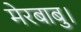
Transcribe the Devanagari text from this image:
मेरबाबु।